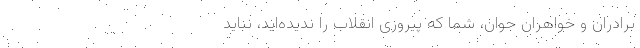
برادران و خواهران جوان، شما که پیروزی انقلاب را ندیده‌اید، نباید